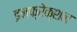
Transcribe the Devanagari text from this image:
इनफ्रेक्शन